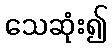
သေဆုံး၍